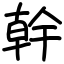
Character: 幹